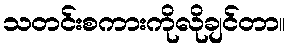
သတင်းစကားကိုလိုချင်တာ။